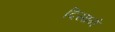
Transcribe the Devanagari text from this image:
दिसाने